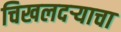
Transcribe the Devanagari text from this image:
चिखलदर्‍याचा